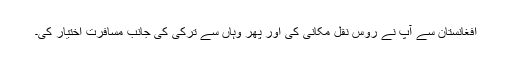
افغانستان سے آپ نے روس نقل مکانی کی اور پھر وہاں سے ترکی کی جانب مسافرت اختیار کی۔